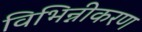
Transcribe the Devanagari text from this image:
विभिन्नीकरण